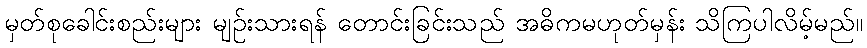
မှတ်စုခေါင်းစည်းများ မျဉ်းသားရန် တောင်းခြင်းသည် အဓိကမဟုတ်မှန်း သိကြပါလိမ့်မည်။